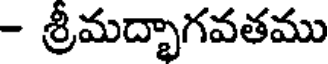
- శ్రీమద్భాగవతము